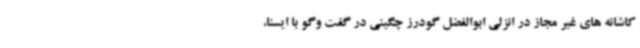
کاشانه های غیر مجاز در انزلی ابوالفضل گودرز چگینی در گفت وگو با ایسنا،